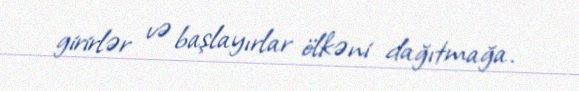
girirlər və başlayırlar ölkəni dağıtmağa.